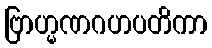
ဗြာဟ္မဏဂဟပတိကာ